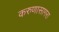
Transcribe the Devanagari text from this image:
करुणासागरा